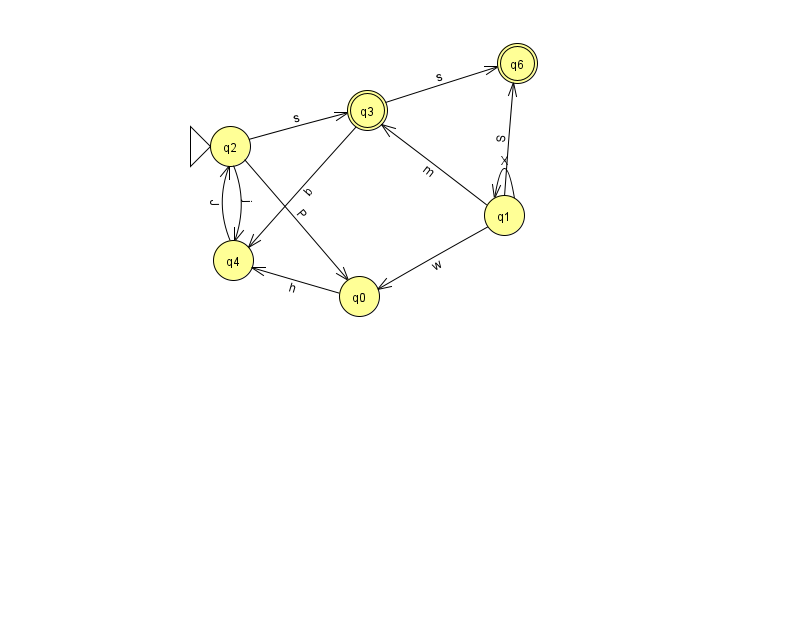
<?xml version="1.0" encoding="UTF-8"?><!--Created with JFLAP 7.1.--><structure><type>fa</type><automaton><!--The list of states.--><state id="0" name="q0"><x>359.0</x><y>283.0</y></state><state id="1" name="q1"><x>504.0</x><y>202.0</y></state><state id="2" name="q2"><x>230.0</x><y>133.0</y><initial/></state><state id="3" name="q3"><x>367.0</x><y>97.0</y><final/></state><state id="4" name="q4"><x>233.0</x><y>247.0</y></state><state id="6" name="q6"><x>517.0</x><y>50.0</y><final/></state><!--The list of transitions.--><transition><from>3</from><to>4</to><read>b</read></transition><transition><from>1</from><to>3</to><read>m</read></transition><transition><from>1</from><to>0</to><read>w</read></transition><transition><from>0</from><to>4</to><read>h</read></transition><transition><from>1</from><to>6</to><read>S</read></transition><transition><from>2</from><to>3</to><read>s</read></transition><transition><from>1</from><to>1</to><read>X</read></transition><transition><from>3</from><to>6</to><read>s</read></transition><transition><from>2</from><to>0</to><read>P</read></transition><transition><from>2</from><to>4</to><read>j</read></transition><transition><from>4</from><to>2</to><read>J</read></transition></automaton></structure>